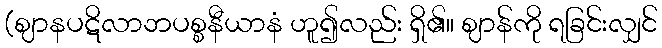
(ဈာနပဋိလာဘပစ္စနီယာနံ ဟူ၍လည်း ရှိ၏။ ဈာန်ကို ရခြင်းလျှင်